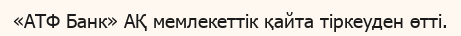
«АТФ Банк» АҚ мемлекеттік қайта тіркеуден өтті.